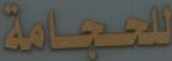
للحجامة